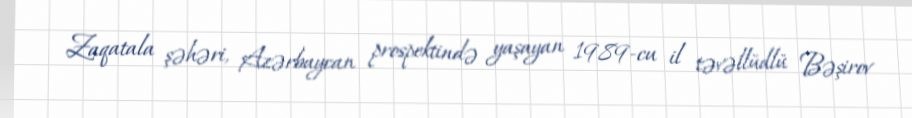
Zaqatala şəhəri, Azərbaycan prospektində yaşayan 1989-cu il təvəllüdlü Bəşirov